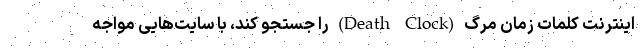
اینترنت کلمات زمان مرگ (Death Clock) را جستجو کند، با سایت‌هایی مواجه